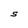
Character: S